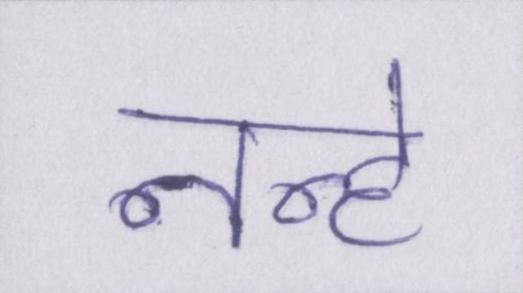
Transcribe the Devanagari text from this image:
नन्हे